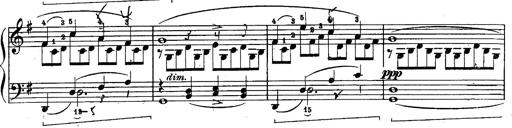
Title: Schubert's Impromptus [revised and edited by Franz Liszt]
Composer: Franz Liszt